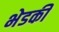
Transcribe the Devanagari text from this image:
भेडकी